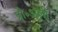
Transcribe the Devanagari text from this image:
प्रो॰अली